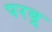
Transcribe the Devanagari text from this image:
परब्र्